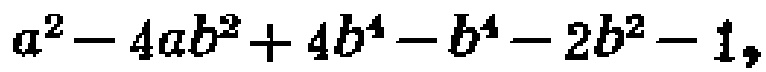
$a^{2}-4ab^{2}+4b^{4}-b^{4}-2b^{2}-1,$